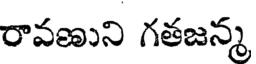
రావణుని గతజన్మ